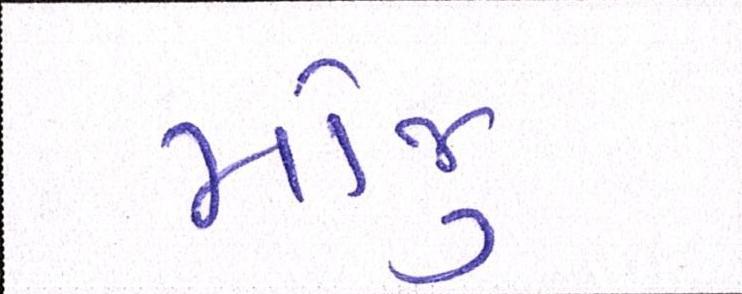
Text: મોજુ